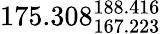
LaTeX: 175.308_{167.223}^{188.416}